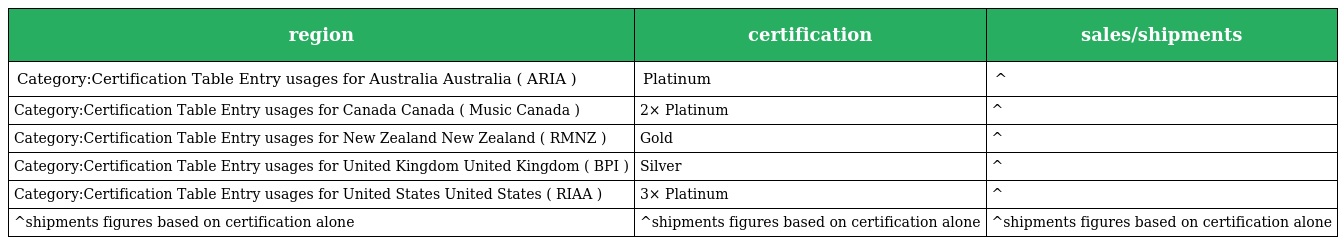
| region | certification | sales/shipments |
 | --- | --- | --- |
 | Category:Certification Table Entry usages for Australia Australia ( ARIA ) | Platinum | ^ |
 | Category:Certification Table Entry usages for Canada Canada ( Music Canada ) | 2× Platinum | ^ |
 | Category:Certification Table Entry usages for New Zealand New Zealand ( RMNZ ) | Gold | ^ |
 | Category:Certification Table Entry usages for United Kingdom United Kingdom ( BPI ) | Silver | ^ |
 | Category:Certification Table Entry usages for United States United States ( RIAA ) | 3× Platinum | ^ |
 | ^shipments figures based on certification alone | ^shipments figures based on certification alone | ^shipments figures based on certification alone |